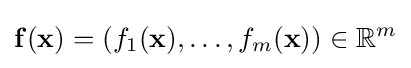
\mathbf {f} (\mathbf {x} )=(f_{1}(\mathbf {x} ),\ldots ,f_{m}(\mathbf {x} ))\in \mathbb {R} ^{m}